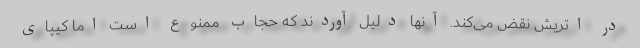
در اتریش نقض می‌کند. آنها دلیل آوردند که حجاب ممنوع است اما کیپای